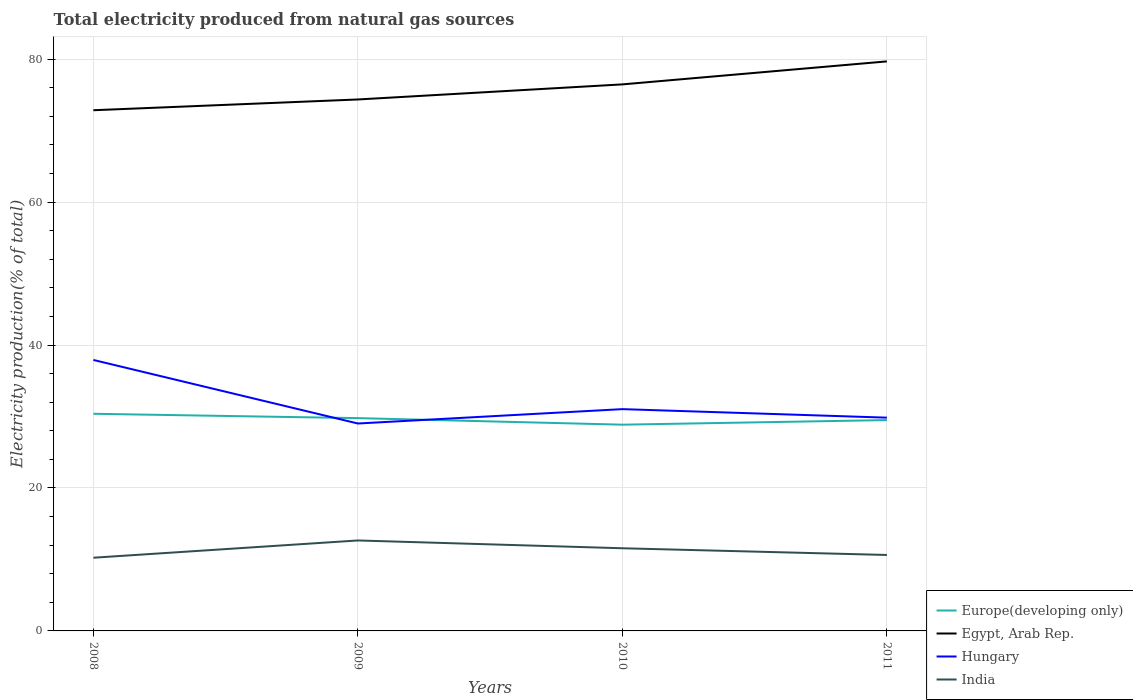
| Years | Europe(developing only) | Egypt, Arab Rep. | Hungary | India |
 | --- | --- | --- | --- | --- |
 | 2008 | 30.4 | 72.9 | 37.9 | 10.2 |
 | 2009 | 29.8 | 74.4 | 29 | 12.7 |
 | 2010 | 28.9 | 76.5 | 31 | 11.6 |
 | 2011 | 29.5 | 79.7 | 29.8 | 10.6 |